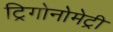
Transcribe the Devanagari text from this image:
ट्रिगोनोमेट्री